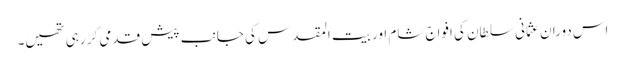
اس دوران عثمانی سلطان کی افواج شام اور بیت المقدس کی جانب پیش قدمی کر رہی تھیں۔